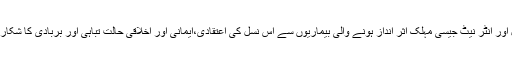
ٹی وی،کیبل اور انٹر نیٹ جیسی مہلک اثر انداز ہونے والی بیماریوں سے اس نسل کی اعتقادی،ایمانی اور اخلاقی حالت تباہی اور بربادی کا شکار ہوچکی ہے۔